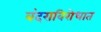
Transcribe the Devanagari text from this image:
बंदराविरोधात